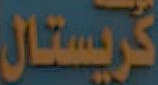
گريستال